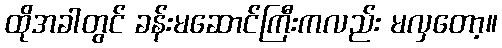
ထိုအခါတွင် ခန်းမဆောင်ကြီးကလည်း မလှတော့။